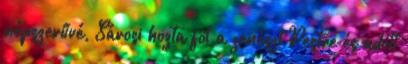
népszerűvé, Sárosi hozta föl a zenészt Pestre és adott